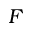
F